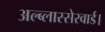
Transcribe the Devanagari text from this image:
अल्ब्लास्सेरवार्ड।